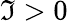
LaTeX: \mathfrak{I}>0